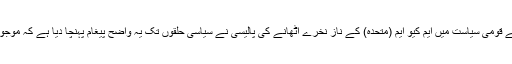
ایم کیو ایم پنجاب حکومت میں شراکت داری کی پوزیشن میں حکومت کی جانب سے قومی سیاست میں ایم کیو ایم (متحدہ) کے ناز نخرے اٹھانے کی پالیسی نے سیاسی حلقوں تک یہ واضح پیغام پہنچا دیا ہے کہ موجودہ حکومت ایم کیو ایم کو اپنے اقتدار کی بیساکھی کے طور پر تسلیم کر چکی ہے ۔